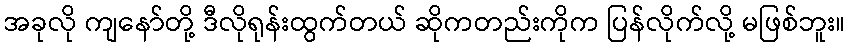
အခုလို ကျနော်တို့ ဒီလိုရုန်းထွက်တယ် ဆိုကတည်းကိုက ပြန်လိုက်လို့ မဖြစ်ဘူး။